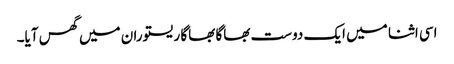
اسی اثنا میں ایک دوست بھاگا بھاگا ریستوران میں گھس آیا۔